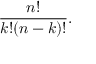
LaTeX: { \frac { n ! } { k ! ( n - k ) ! } } .